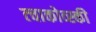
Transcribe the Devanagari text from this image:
त्चाकोव्स्की